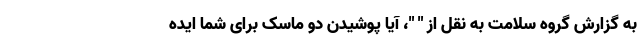
به گزارش گروه سلامت به نقل از " "، آیا پوشیدن دو ماسک برای شما ایده